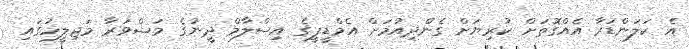
އެ ކަލަންޑަރާ އެއްގޮތަށް ކުރިޔަށް ގެންދިއުމަށް އެމްޑީޕީގެ އިސްލާމް ދީނުގެ މަޝްވަރާ މަޖިލީހުގައި